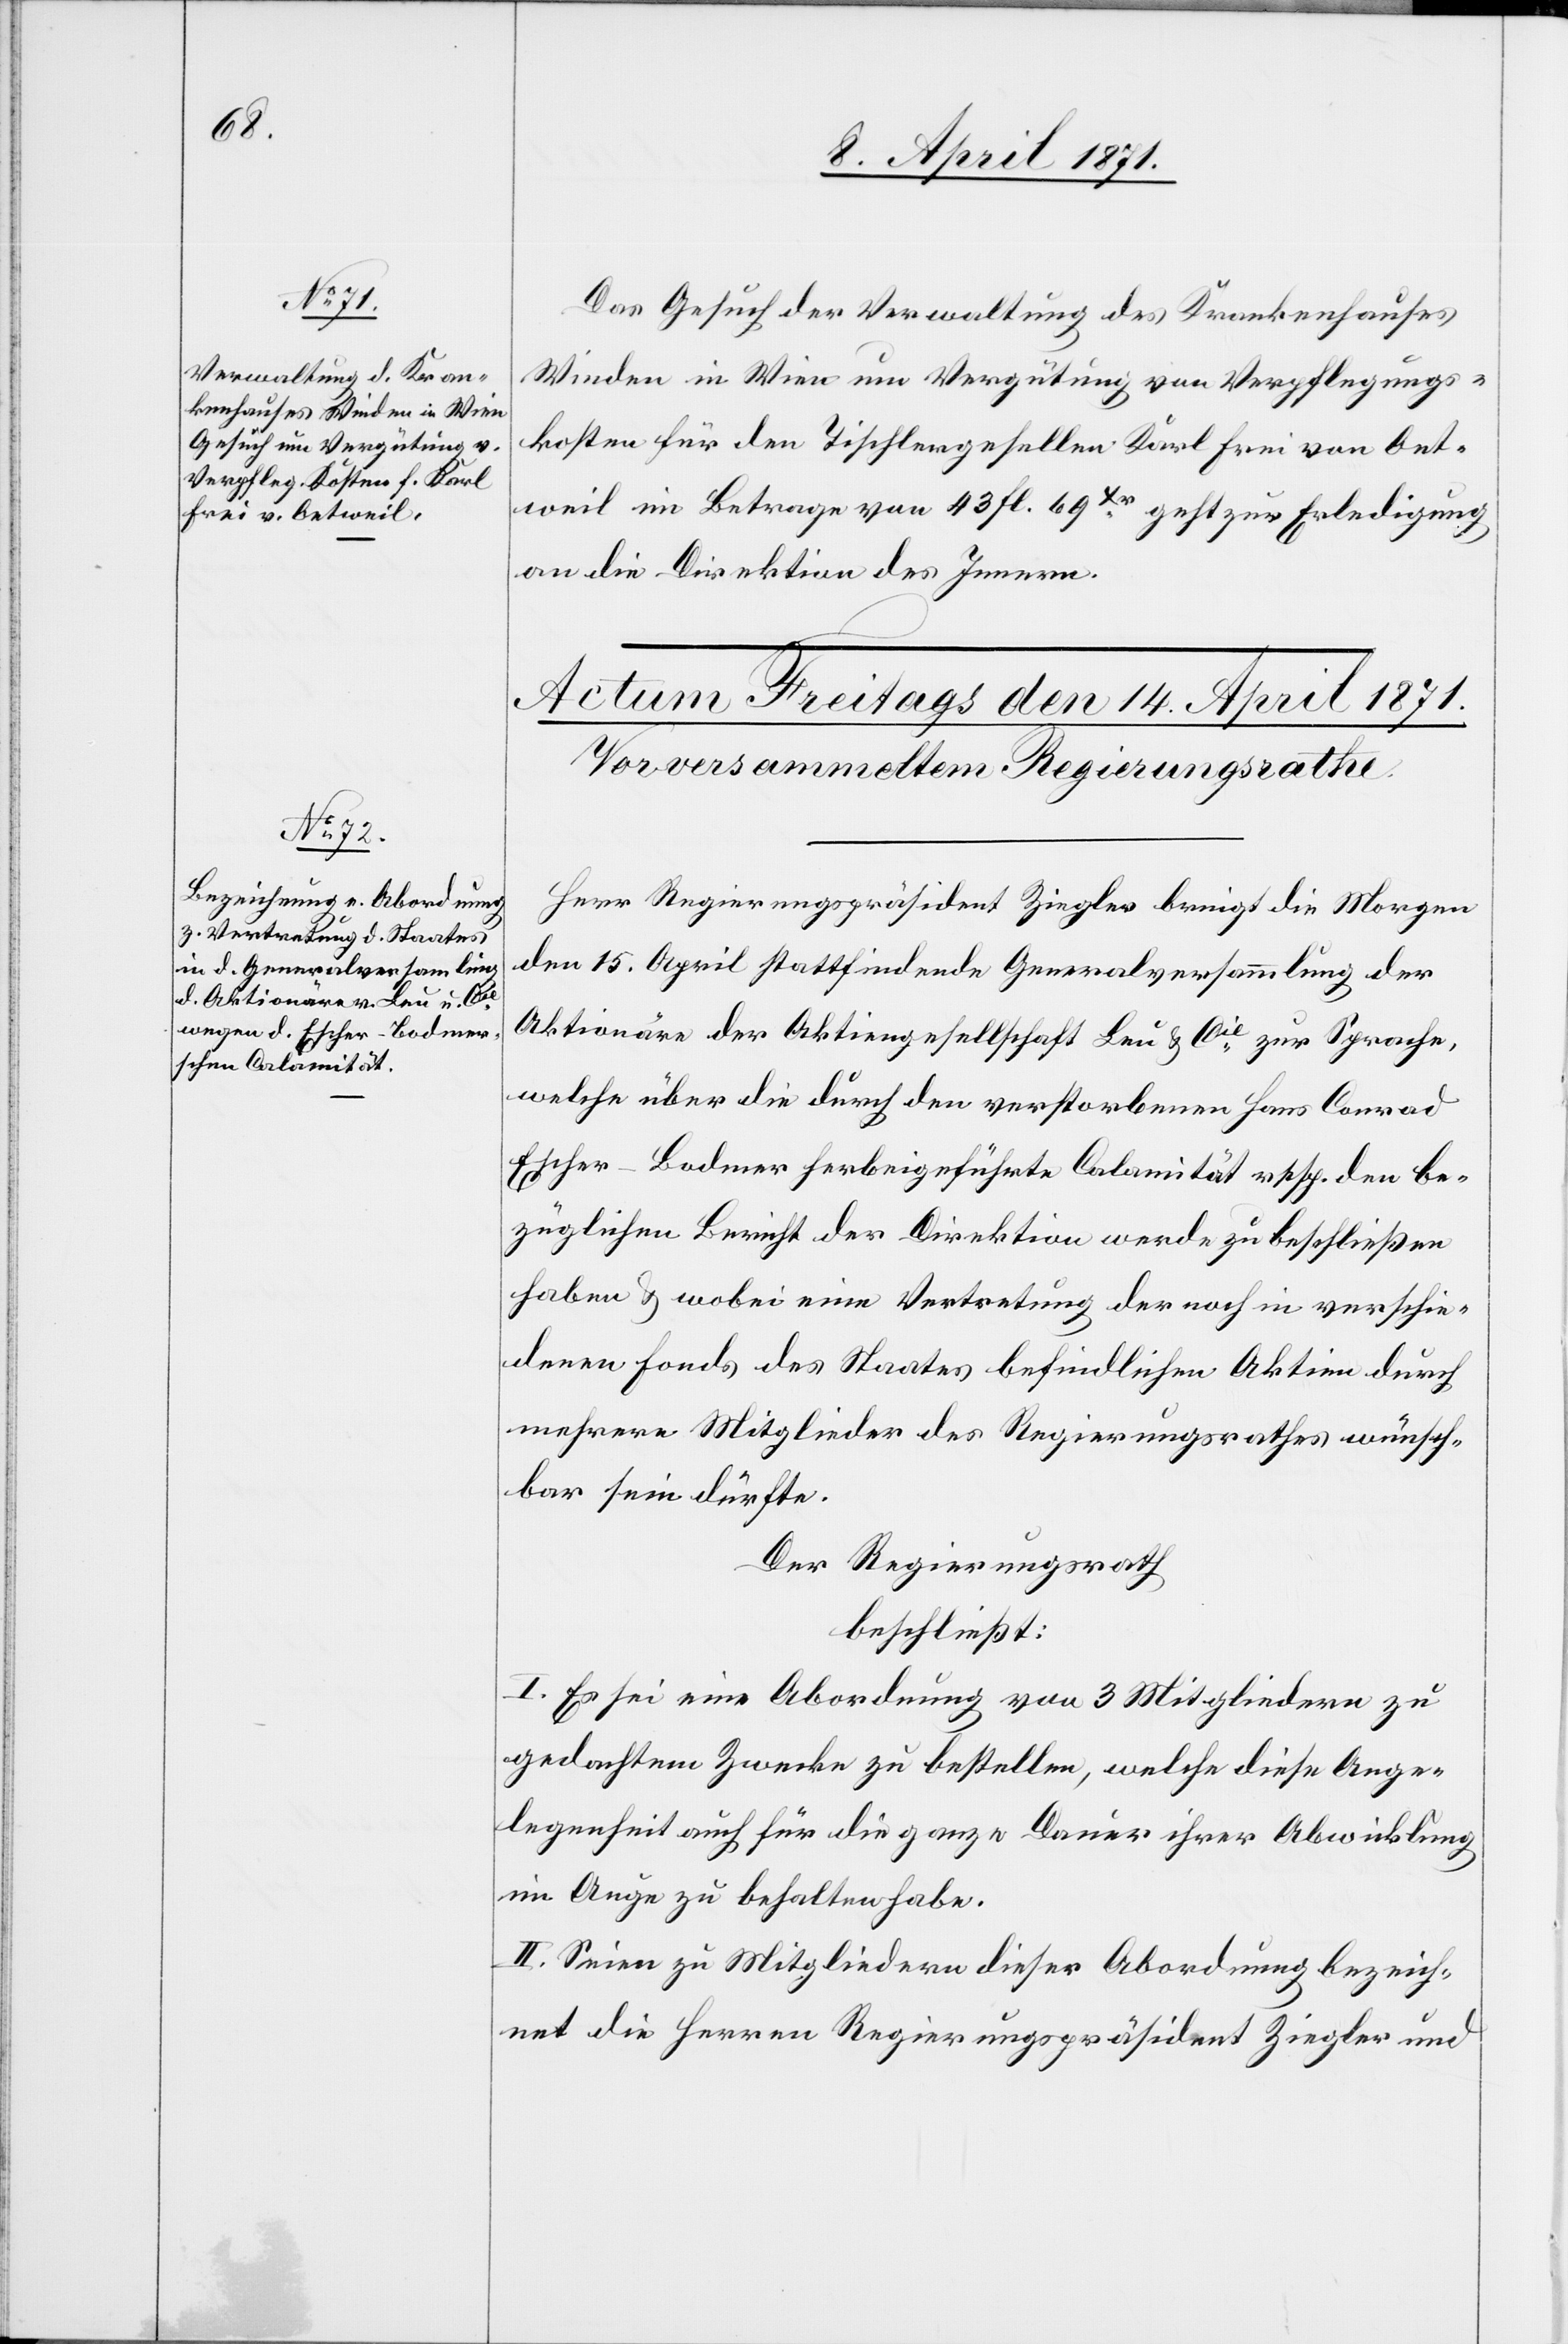
13. April 1871.]
Das Gesuch der Verwaltung des Krankenhauses
Wieden in Wien um Vergütung von Verpflegungs¬
kosten für den Tischlergesellen Karl Frei von Oet¬
weil im Betrage von 43 fl. 69Xr. geht zur Erledigung
an die Direktion des Innern.
Herr Regierungspräsident Ziegler bringt die Morgen
den 15. April stattfindende Generalversammlung der
Aktionäre der Aktiengesellschaft Leu & Cie. zur Sprache,
welche über die durch den verstorbenen Hans Conrad
Escher-Bodmer herbeigeführte Calamität resp. den be¬
züglichen Bericht der Direktion werde zu beschließen
haben u. wobei eine Vertretung der noch in verschie¬
denen Fonds des Staates befindlichen Aktien durch
mehrere Mitglieder des Regierungsrathes wünsch¬
bar sein dürfte.
Der Regierungsrath
beschließt:
I. Es sei eine Abordnung von 3 Mitgliedern zu
gedachtem Zwecke zu bestellen, welche diese Ange¬
legenheit auch für die ganze Dauer ihrer Abwicklung
im Auge zu behalten habe.
II. Seien zu Mitgliedern dieser Abordnung bezeich¬
net die Herren Regierungspräsident Ziegler und